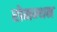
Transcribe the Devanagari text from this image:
रोमन्थन